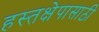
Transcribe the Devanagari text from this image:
हस्तक्षेपासाठी